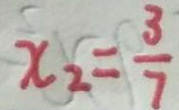
x _ { 2 } = \frac { 3 } { 7 }